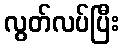
လွတ်လပ်ပြီး